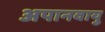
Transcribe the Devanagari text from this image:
अपानवायु